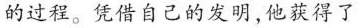
的过程。凭借自己的发明，他获得了